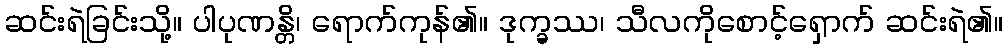
ဆင်းရဲခြင်းသို့။ ပါပုဏန္တိ၊ ရောက်ကုန်၏။ ဒုက္ခဿ၊ သီလကိုစောင့်ရှောက် ဆင်းရဲ၏။